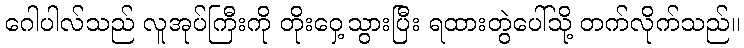
ဂေါပါလ်သည် လူအုပ်ကြီးကို တိုးဝှေ့သွားပြီး ရထားတွဲပေါ်သို့ တက်လိုက်သည်။